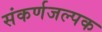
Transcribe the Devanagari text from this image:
संकर्णजल्पक